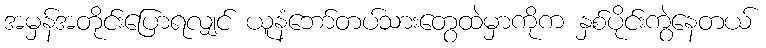
အမှန်အတိုင်းပြောရလျှင် ယူနံဘော်တပ်သားတွေထဲမှာကိုက နှစ်ပိုင်းကွဲနေတယ်